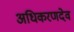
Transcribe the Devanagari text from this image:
अधिकरणदेव